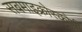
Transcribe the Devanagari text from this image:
सबमाइक्रोस्कोपी